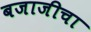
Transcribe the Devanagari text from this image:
बजाजीचा